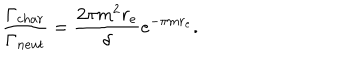
LaTeX: \frac { \Gamma _ { c h a r } } { \Gamma _ { n e u t } } = \frac { 2 \pi m ^ { 2 } r _ { e } } { \delta } e ^ { - \pi m r _ { e } } .